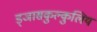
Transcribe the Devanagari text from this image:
ड्ञासकुल्कुलिय